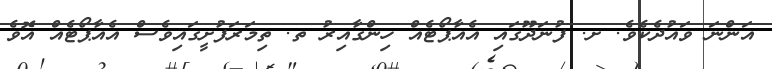
އަންނަ ވައުދެކެވެ. ށ. ފުނަދޫގައި އެއާޕޯޓެއް ހިންގާއިރު ތ. ތިމަރަފުށީގައިވެސް އެއާޕޯޓެއް އޮވެ